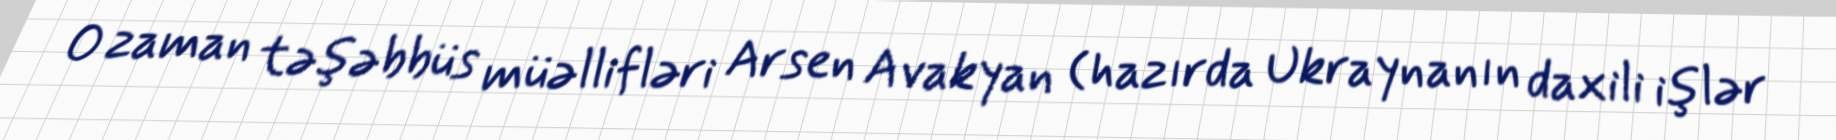
O zaman təşəbbüs müəllifləri Arsen Avakyan (hazırda Ukraynanın daxili işlər